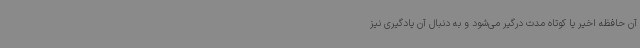
آن حافظه اخیر یا کوتاه مدت درگیر می‌شود و به دنبال آن یادگیری نیز